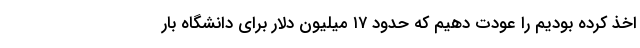
اخذ کرده بودیم را عودت دهیم که حدود ۱۷ میلیون دلار برای دانشگاه بار